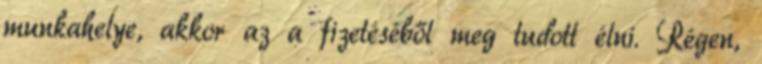
munkahelye, akkor az a fizetéséből meg tudott élni. Régen,